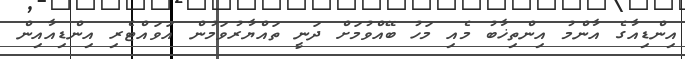
އިންޑިއާގެ އާންމު އިންތިޚާބު މެއި މަހު ބޭއްވުމަށް ދަނީ ތައްޔާރުވަމުން އަވައްޓެރި އިންޑިއާއިން